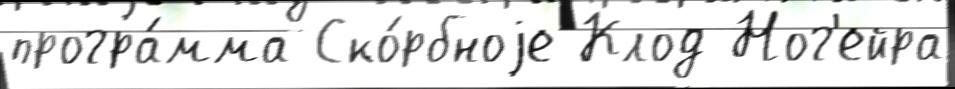
програ́мма Ско́рбноjе Клод Ног'ейра